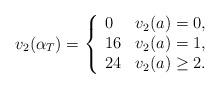
LaTeX: \begin{align*}v_{2}\!\left( \alpha_{T}\right) =\left\{\begin{array}[c]{ll}0 & v_{2}\!\left( a\right) =0,\\16 & v_{2}\!\left( a\right) =1,\\24 & v_{2}\!\left( a\right) \geq2.\end{array}\right. \end{align*}